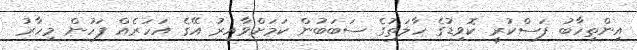
އިންތިހާބު ފަސްކުރީ ކޮވިޑުގެ ހާލަތުގެ ސަބަބުން ކަމަށްވާއިރު އޭގެ އަހަރެއް ފަހުން މިހާރު